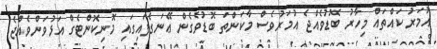
އުމަރު ކައްތައް މިހާރު ބޮޑުވެއްޖެ އުމަރުވެސް މާކަންތަ ބޮޑުވެގެން ޢޭނަގެފައިގައި މޮނިކޮންޓެގް އަޅުވަންވެއްޖެ.